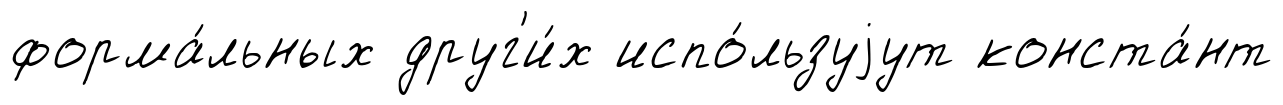
форма́льных друг'и́х испо́льзуjут конста́нт